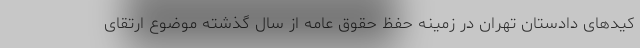
کیدهای دادستان تهران در زمینه حفظ حقوق عامه از سال گذشته موضوع ارتقای